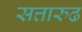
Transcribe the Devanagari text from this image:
सत्तारुढ